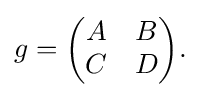
{g={\begin{pmatrix}A&B\\C&D\end{pmatrix}}.}